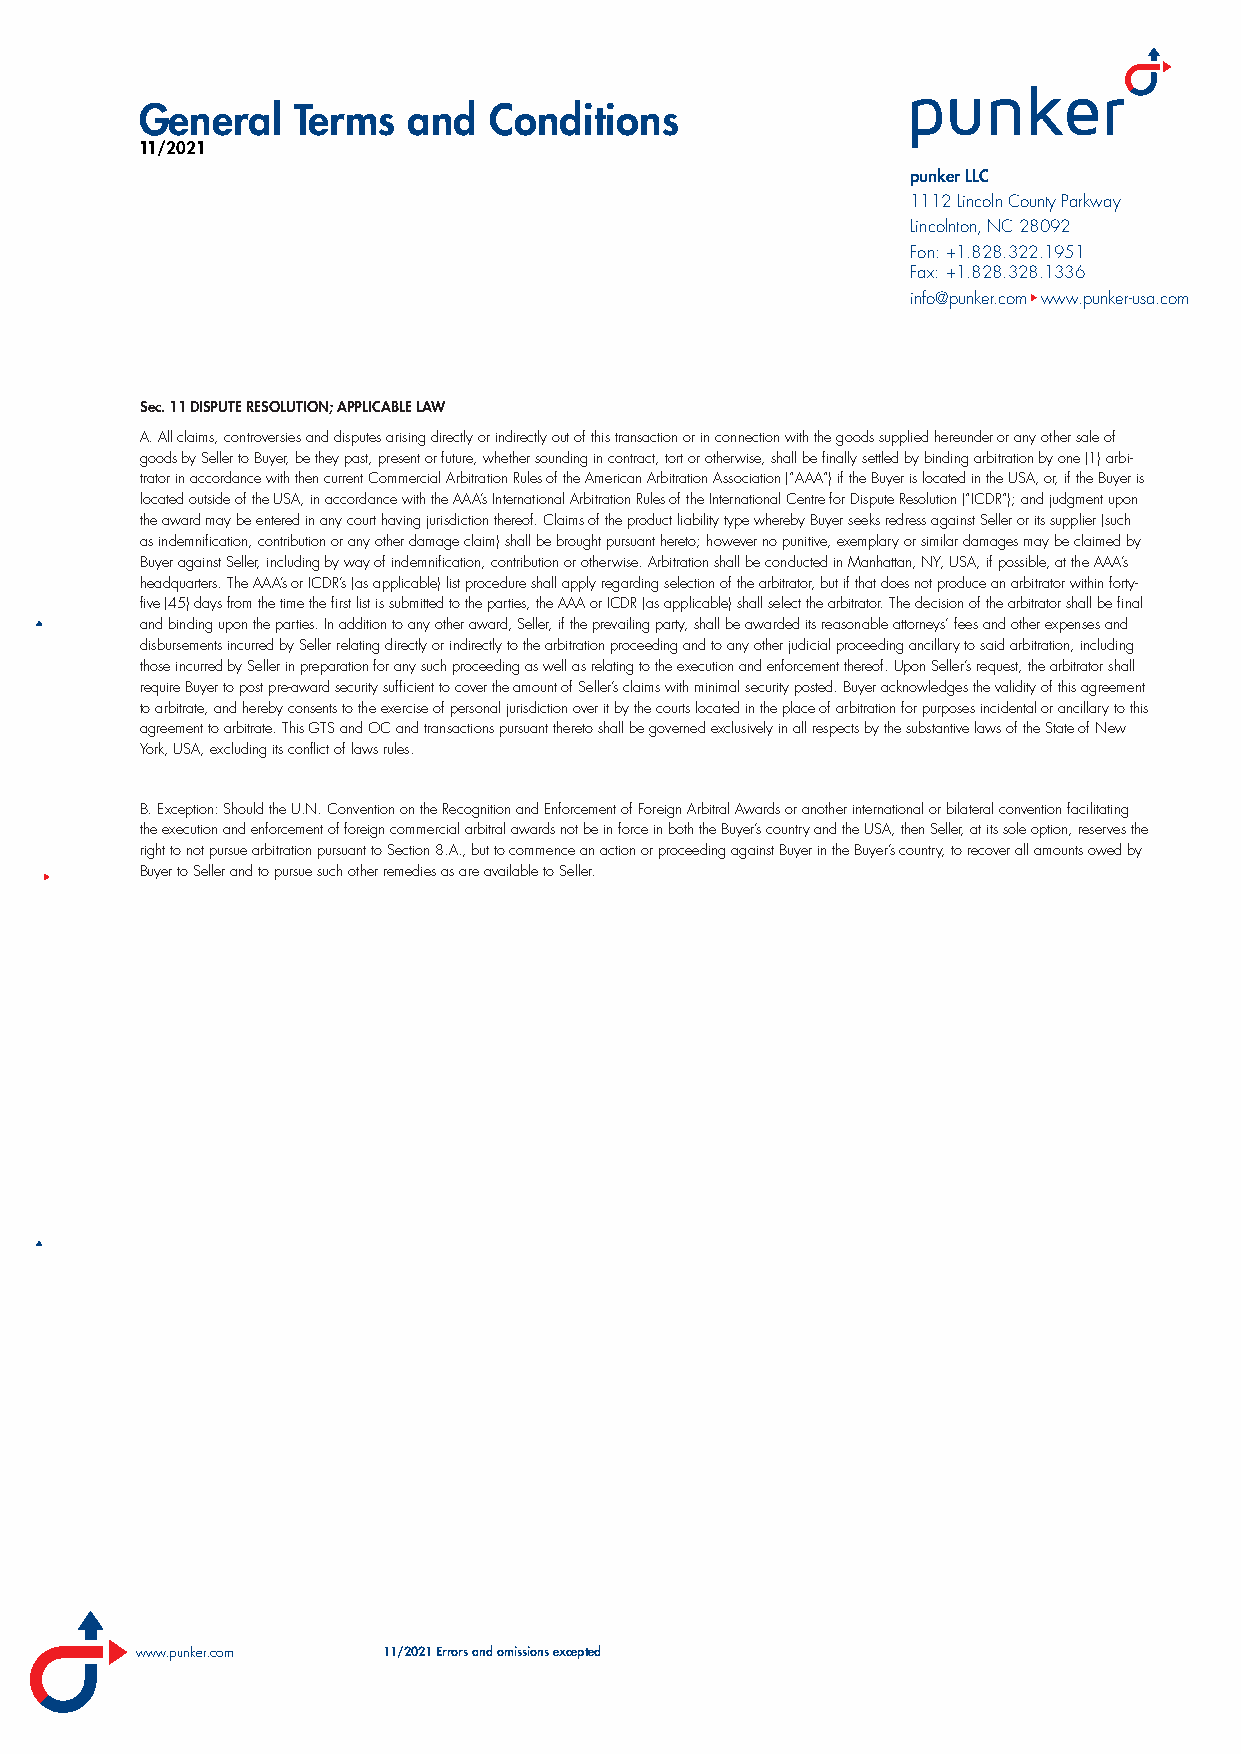
General   Terms   and  Conditions
 11/2021
 punker LLC
 1112 Lincoln County Parkway
 Lincolnton, NC 28092
 Fon: +1.828.322.1951
 Fax: +1.828.328.1336
 info@punker.com www.punker-usa.com
 Sec. 11 DISPUTE RESOLUTION; APPLICABLE LAW
 A. All claims, controversies and disputes arising directly or indirectly out of this transaction or in connection with the goods supplied hereunder or any other sale of
 goods by Seller to Buyer, be they past, present or future, whether sounding in contract, tort or otherwise, shall be finally settled by binding arbitration by one (1) arbi-
 trator in accordance with then current Commercial Arbitration Rules of the American Arbitration Association (“AAA”) if the Buyer is located in the USA, or, if the Buyer is
 located outside of the USA, in accordance with the AAA’s International Arbitration Rules of the International Centre for Dispute Resolution (“ICDR”); and judgment upon
 the award may be entered in any court having jurisdiction thereof. Claims of the product liability type whereby Buyer seeks redress against Seller or its supplier (such
 as indemnification, contribution or any other damage claim) shall be brought pursuant hereto; however no punitive, exemplary or similar damages may be claimed by
 Buyer against Seller, including by way of indemnification, contribution or otherwise. Arbitration shall be conducted in Manhattan, NY, USA, if possible, at the AAA’s
 headquarters. The AAA’s or ICDR’s (as applicable) list procedure shall apply regarding selection of the arbitrator, but if that does not produce an arbitrator within forty-
 five (45) days from the time the first list is submitted to the parties, the AAA or ICDR (as applicable) shall select the arbitrator. The decision of the arbitrator shall be final
 and binding upon the parties. In addition to any other award, Seller, if the prevailing party, shall be awarded its reasonable attorneys’ fees and other expenses and
 disbursements incurred by Seller relating directly or indirectly to the arbitration proceeding and to any other judicial proceeding ancillary to said arbitration, including
 those incurred by Seller in preparation for any such proceeding as well as relating to the execution and enforcement thereof. Upon Seller’s request, the arbitrator shall
 require Buyer to post pre-award security sufficient to cover the amount of Seller’s claims with minimal security posted. Buyer acknowledges the validity of this agreement
 to arbitrate, and hereby consents to the exercise of personal jurisdiction over it by the courts located in the place of arbitration for purposes incidental or ancillary to this
 agreement to arbitrate. This GTS and OC and transactions pursuant thereto shall be governed exclusively in all respects by the substantive laws of the State of New
 York, USA, excluding its conflict of laws rules.
 B. Exception: Should the U.N. Convention on the Recognition and Enforcement of Foreign Arbitral Awards or another international or bilateral convention facilitating
 the execution and enforcement of foreign commercial arbitral awards not be in force in both the Buyer’s country and the USA, then Seller, at its sole option, reserves the
 right to not pursue arbitration pursuant to Section 8.A., but to commence an action or proceeding against Buyer in the Buyer’s country, to recover all amounts owed by
 Buyer to Seller and to pursue such other remedies as are available to Seller.
 www.punker.com  11/2021 Errors and omissions excepted